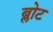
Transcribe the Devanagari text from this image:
ब्लोट